Civil Veterinary Department ledger series I-VI
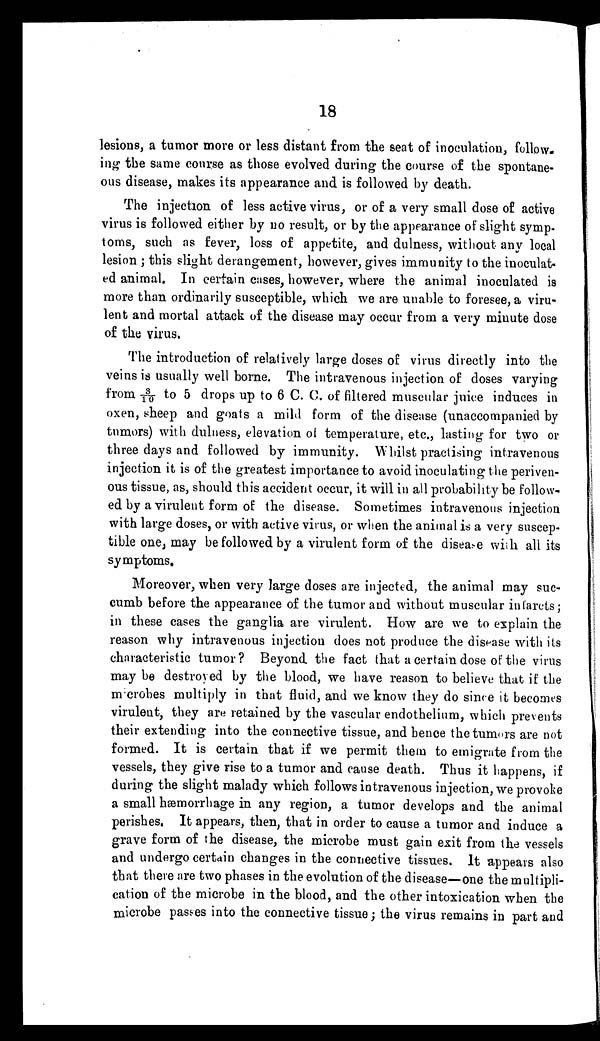
18
lesions, a tumor more or less distant from the seat of inoculation, follow-
ing the same course as those evolved during the course of the spontane-
ous disease, makes its appearance and is followed by death.
The injection of less active virus, or of a very small dose of active
virus is followed either by no result, or by the appearance of slight symp-
toms, such as fever, loss of appetite, and dulness, without any local
lesion ; this slight derangement, however, gives immunity to the inoculat-
ed animal. In certain cases, however, where the animal inoculated is
more than ordinarily susceptible, which we are unable to foresee, a viru-
lent and mortal attack of the disease may occur from a very minute dose
of the virus.
The introduction of relatively large doses of virus directly into the
veins is usually well borne. The intravenous injection of doses varying
from 3/10 to 5 drops up to 6 C. C. of filtered muscular juice induces in
oxen, sheep and goats a mild form of the disease (unaccompanied by
tumors) with dulness, elevation of temperature, etc., lasting for two or
three days and followed by immunity. Whilst practising intravenous
injection it is of the greatest importance to avoid inoculating the periven-
ous tissue, as, should this accident occur, it will in all probability be follow-
ed by a virulent form of the disease. Sometimes intravenous injection
with large doses, or with active virus, or when the animal is a very suscep-
tible one, may be followed by a virulent form of the disease with all its
symptoms.
Moreover, when very large doses are injected, the animal may suc-
cumb before the appearance of the tumor and without muscular infarcts ;
in these cases the ganglia are virulent. How are we to explain the
reason why intravenous injection does not produce the disease with its
characteristic tumor ? Beyond the fact that a certain dose of the virus
may be destroyed by the blood, we have reason to believe that if the
microbes multiply in that fluid, and we know they do since it becomes
virulent, they are retained by the vascular endothelium, which prevents
their extending into the connective tissue, and hence the tumors are not
formed. It is certain that if we permit them to emigrate from the
vessels, they give rise to a tumor and cause death. Thus it happens, if
during the slight malady which follows intravenous injection, we provoke
a small hæmorrhage in any region, a tumor develops and the animal
perishes. It appears, then, that in order to cause a tumor and induce a
grave form of the disease, the microbe must gain exit from the vessels
and undergo certain changes in the connective tissues. It appears also
that there are two phases in the evolution of the disease—one the multipli-
cation of the microbe in the blood, and the other intoxication when the
microbe passes into the connective tissue; the virus remains in part and